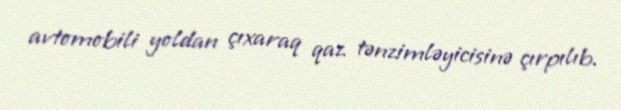
avtomobili yoldan çıxaraq qaz tənzimləyicisinə çırpılıb.